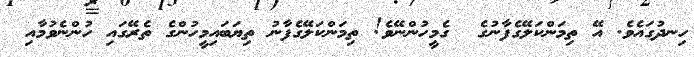
ހިނދުގައެވެ. އޭ ތިމަންކަލޭގެފާނުގެ  ގެމީހުންނޭވެ! ތިމަންކަލޭގެފާނު ތިޔަބައިމީހުންގެ ތެރޭގައި ހުންނެވުމާއި